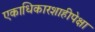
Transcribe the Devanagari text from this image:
एकाधिकारशाहीपेक्षा